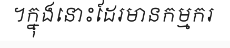
។ក្នុងនោះដែរមានកម្មករ